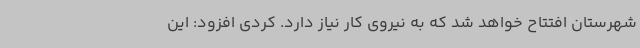
شهرستان افتتاح خواهد شد که به نیروی کار نیاز دارد. کردی افزود: این